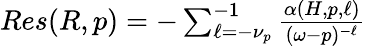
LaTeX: \begin{array}{r}{Res(R,p)=-\sum_{\ell=-\nu_{p}}^{-1}\frac{\alpha(H,p,\ell)}{(\omega-p)^{-\ell}}}\end{array}